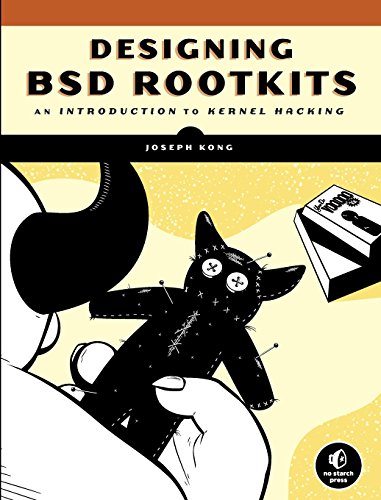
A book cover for Designing BSD Rootkits: An Introduction to Kernel Hacking; Joseph Kong; Computers & Technology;